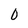
Character: 0